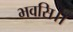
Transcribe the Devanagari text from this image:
भवसि।।